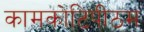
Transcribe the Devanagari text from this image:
कामकोटिपीठम